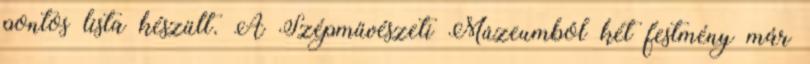
pontos lista készült. A Szépművészeti Múzeumból két festmény már